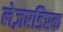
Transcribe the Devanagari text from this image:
लेज़रडिस्क